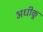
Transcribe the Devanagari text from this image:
अधीकू